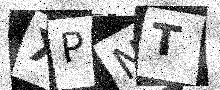
Text: XPNT